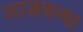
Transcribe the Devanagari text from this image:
आज्ञवल्या